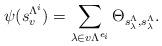
LaTeX: \begin{align*}\psi(s_v^{\Lambda^i})=\sum_{\lambda\in v\Lambda^{e_i}}\Theta_{s_\lambda^\Lambda,s_\lambda^\Lambda}.\end{align*}